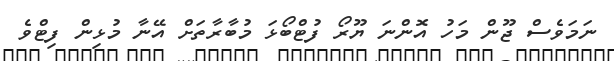
ނަމަވެސް ޖޫން މަހު އޮންނަ ޔޫރޯ ފުޓްބޯޅަ މުބާރާތަށް އޭނާ މުޅިން ފިޓްވެ